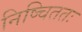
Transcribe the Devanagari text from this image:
निष्चिततः